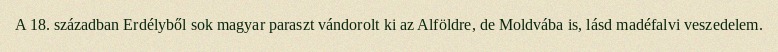
A 18. században Erdélyből sok magyar paraszt vándorolt ki az Alföldre, de Moldvába is, lásd madéfalvi veszedelem.